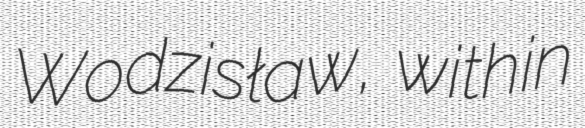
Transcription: Wodzisław, within